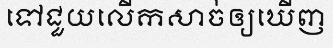
ទៅជួយលើកសាច់ឲ្យឃើញ